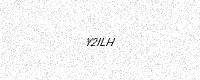
Text: Y2ILH